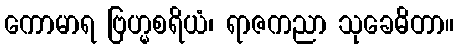
ကောမာရ ဗြဟ္မစရိယံ၊ ရာဇကညာ သုခေဓိတာ။